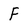
Character: F